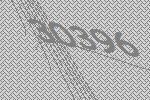
30396